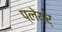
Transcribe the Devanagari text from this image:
प्लेयर्